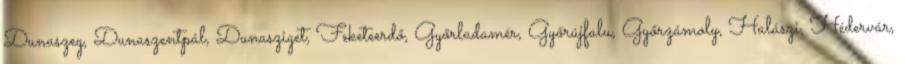
Dunaszeg, Dunaszentpál, Dunasziget, Feketeerdő, Győrladamér, Győrújfalu, Győrzámoly, Halászi, Hédervár,